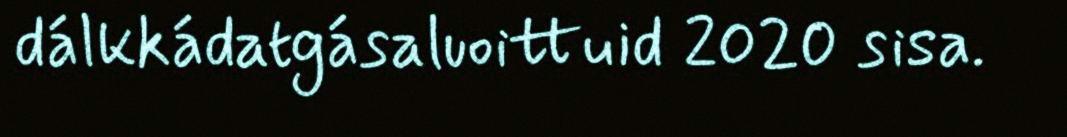
dálkkádatgásaluoittuid 2020 sisa.